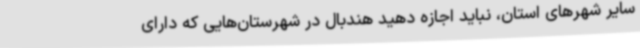
سایر شهرهای استان، نباید اجازه دهید هندبال در شهرستان‌هایی که دارای